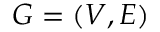
G = ( V , E )